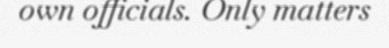
own officials. Only matters